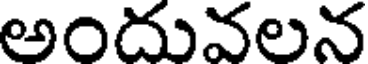
అందువలన